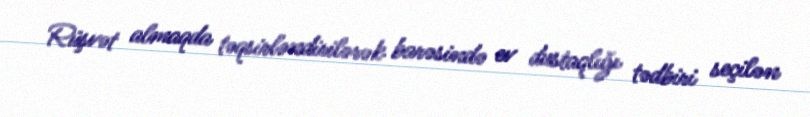
Rüşvət almaqda təqsirləndirilərək barəsində ev dustaqlığı tədbiri seçilən